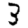
Digit: 3